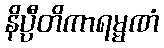
နိပ္ပီတိကာရမ္မဏံ